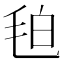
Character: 𭯖